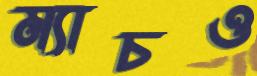
ম্যাচও